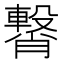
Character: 𮝥